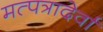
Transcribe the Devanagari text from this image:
मत्पत्रादेर्वां